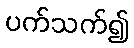
ပက်သက်၍